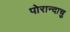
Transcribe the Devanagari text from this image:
पोरान्दाचु